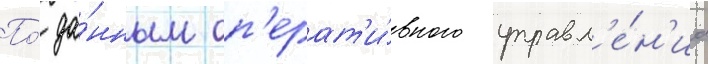
По́ да́нным оп'ерат'и́вного управл'е́н'иа